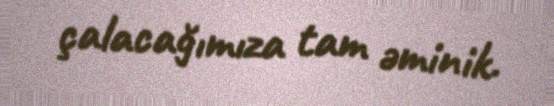
çalacağımıza tam əminik.